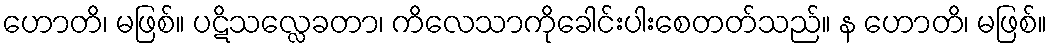
ဟောတိ၊ မဖြစ်။ ပဋိသလ္လေခတာ၊ ကိလေသာကိုခေါင်းပါးစေတတ်သည်။ န ဟောတိ၊ မဖြစ်။